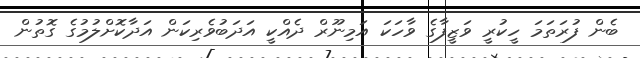
ބެން ފުރަތަމަ ހީކުރީ ވަޒީފާގެ ވާހަކަ އަމިނޫރް ދެއްކީ އަދަބުވެރިކަން އަދާކޮށްލުމުގެ ގޮތުން